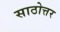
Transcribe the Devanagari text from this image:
साठोत्तर